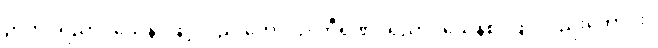
ဉာတပရိညာဝသေန၊ ဖြင့်လည်းကောင်း။ တီရဏပရိညာဝသေနစ၊ ဖြင့်လည်းကောင်း။